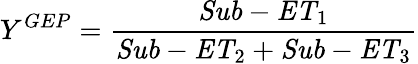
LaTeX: Y^{GEP}=\frac{\mathit{Sub-ET}_{1}}{\mathit{Sub-ET}_{2}+\mathit{Sub-ET}_{3}}